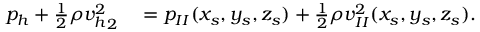
\begin{array} { r l } { p _ { h } + \frac { 1 } { 2 } \rho { v _ { h } ^ { 2 } } _ { 2 } } & { { } = { } p _ { I I } ( x _ { s } , y _ { s } , z _ { s } ) + \frac { 1 } { 2 } \rho { v _ { I I } ^ { 2 } } ( x _ { s } , y _ { s } , z _ { s } ) . } \end{array}